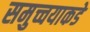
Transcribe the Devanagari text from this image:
समुच्चयाकडे